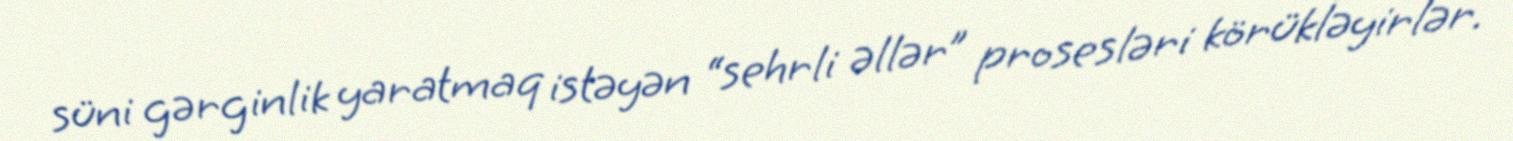
süni gərginlik yaratmaq istəyən “sehrli əllər” prosesləri körükləyirlər.